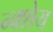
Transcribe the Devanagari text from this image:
न्क्शेय